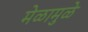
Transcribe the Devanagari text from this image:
मेळामुळे